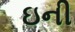
ઇની